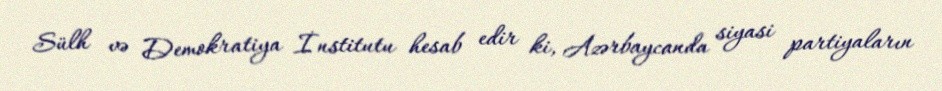
Sülh və Demokratiya İnstitutu hesab edir ki, Azərbaycanda siyasi partiyaların